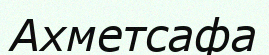
Ахметсафа